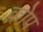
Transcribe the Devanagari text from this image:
क्रोप